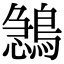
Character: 𪂺